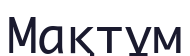
Мақтұм